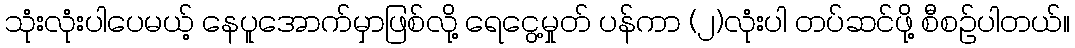
သုံးလုံးပါပေမယ့် နေပူအောက်မှာဖြစ်လို့ ရေငွေ့မှုတ် ပန်ကာ (၂)လုံးပါ တပ်ဆင်ဖို့ စီစဉ်ပါတယ်။